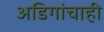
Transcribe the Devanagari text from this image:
अडिगांचाही